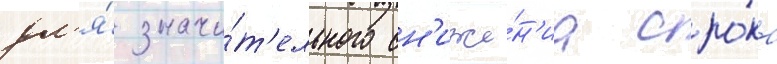
дл'я́ значи́т'ельного сн'иже́н'иа сро́ка